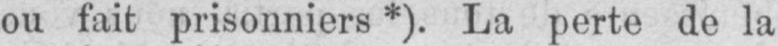
ou fait prisonniers*). La perte de la